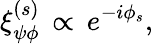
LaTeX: \xi_{\psi\phi}^{(s)}\, \propto\, e^{-i\phi_{s}},